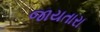
જાયતારા